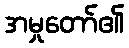
အမှုတော်၏